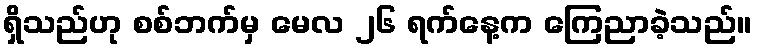
ရှိသည်ဟု စစ်ဘက်မှ မေလ ၂၆ ရက်နေ့က ကြေညာခဲ့သည်။